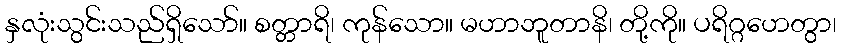
နှလုံးသွင်းသည်ရှိသော်။ စတ္တာရိ၊ ကုန်သော။ မဟာဘူတာနိ၊ တို့ကို။ ပရိဂ္ဂဟေတွာ၊